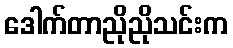
ဒေါက်တာညိုညိုသင်းက